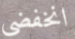
انخفضي